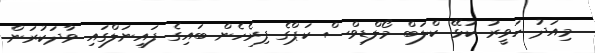
މިއަދު ހަވީރު ކުޅޭ ކްލަބް މޯލްޑިވްސް ކަޕްގެ ފިރެހެން ބައިގެ ފައިނަލްގައި ވާދަކުރަން